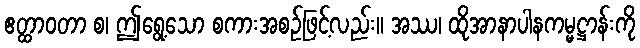
ဧတ္ထာဝတာ စ၊ ဤရွေ့သော စကားအစဉ်ဖြင့်လည်း။ အဿ၊ ထိုအာနာပါနကမ္မဋ္ဌာန်းကို